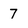
Character: 7